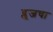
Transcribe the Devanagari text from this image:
ब्लूजचा